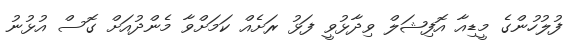
ފުލުހުންގެ މީޑިއާ އޮފިޝަލް ވިދާޅުވީ ފަޅު ރަށެއް ކަމަށްވާ މެންދުއަށް ގޮސް އުޅުނު